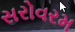
સરોવરમ